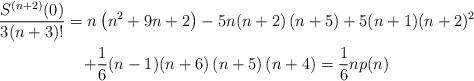
LaTeX: \begin{gather*}\dfrac{S^{(n+2)}(0)}{3(n+3)!}=n\left( n^{2}+9n+2\right) -5n(n+2)\left(n+5\right) +5(n+1)(n+2)^{2} \\+\dfrac{1}{6}(n-1)(n+6)\left( n+5\right) (n+4)=\allowbreak \dfrac{1}{6}np(n)\end{gather*}